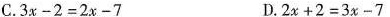
C.$$3x-2=2x-7$$ D.$$2x+2=3x-7$$